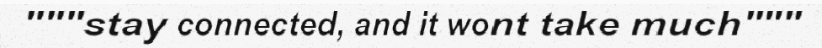
"""stay connected, and it wont take much"""